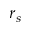
r _ { s }